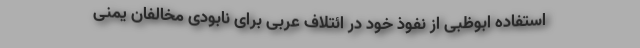
استفاده ابوظبی از نفوذ خود در ائتلاف عربی برای نابودی مخالفان یمنی